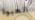
العبوة